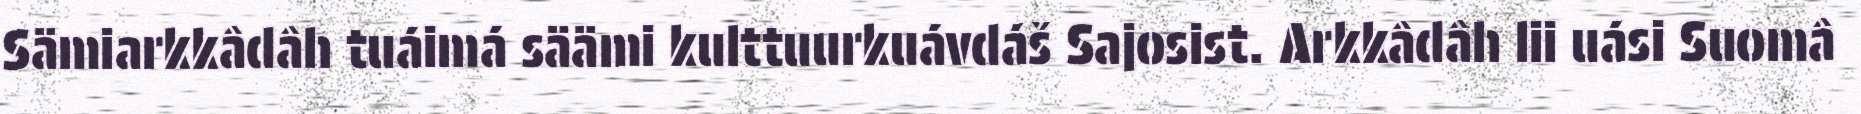
Sämiarkkâdâh tuáimá säämi kulttuurkuávdáš Sajosist. Arkkâdâh lii uási Suomâ